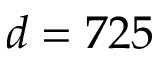
d = 7 2 5